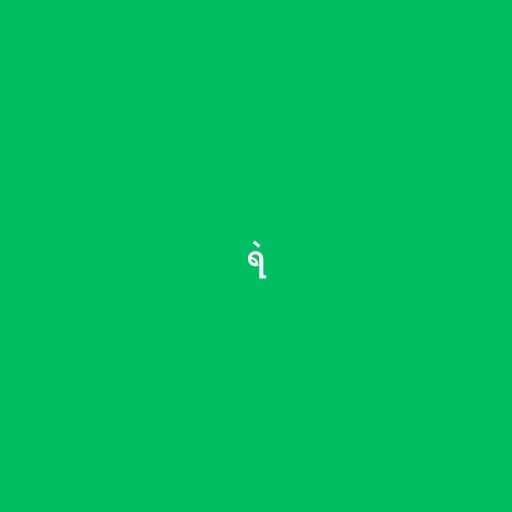
ရဲ